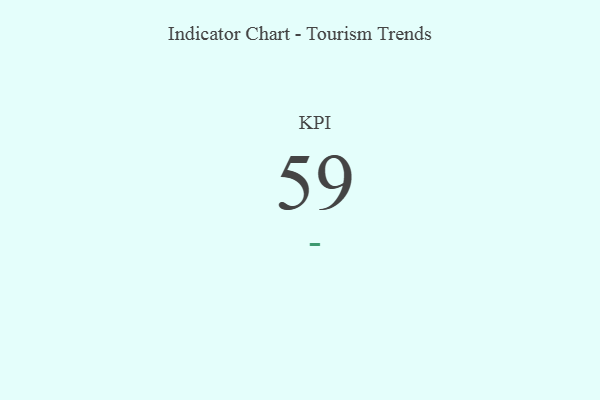
{"axis": {"x": "KPI", "y": "Value"}, "legend": [""], "data": [{"x": "KPI", "y": 59, "type": ""}]}